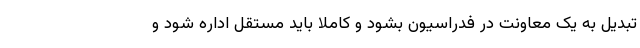
تبدیل به یک معاونت در فدراسیون بشود و کاملا باید مستقل اداره شود و